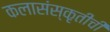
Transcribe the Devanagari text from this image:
कलासंस्कृतीची